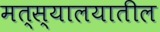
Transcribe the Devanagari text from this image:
मत्स्यालयातील